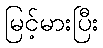
မြင့်မားပြီး